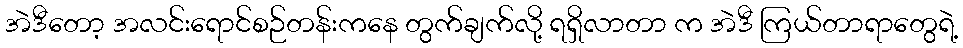
အဲဒီတော့ အလင်းရောင်စဉ်တန်းကနေ တွက်ချက်လို့ ရရှိလာတာ က အဲဒီ ကြယ်တာရာတွေရဲ့